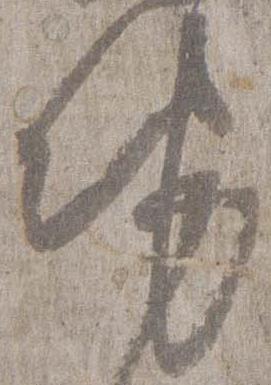
勢